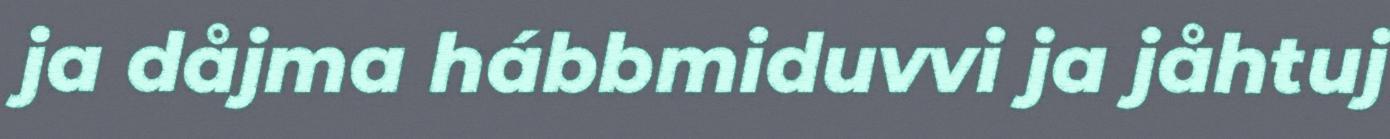
ja dåjma hábbmiduvvi ja jåhtuj